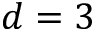
d = 3